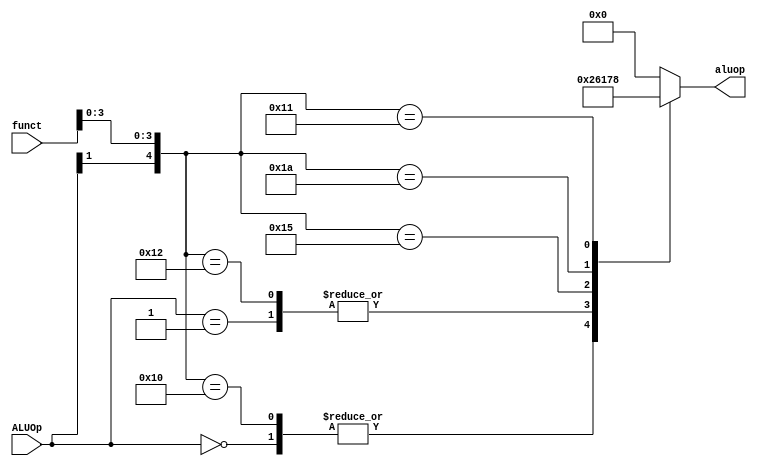
`timescale 1ns / 1ps
//////////////////////////////////////////////////////////////////////////////////
// Company: 
// Engineer: 
// 
// Design Name: 
// Module Name: ALU32op
// Project Name: 
// Target Devices: 
// Tool Versions: 
// Description: 
// 
// Dependencies: 
// 
// Revision:
// Revision 0.01 - File Created
// Additional Comments:
// 
//////////////////////////////////////////////////////////////////////////////////


module ALU32op(ALUOp, funct, aluop);
    input [1:0] ALUOp;
    input [5:0] funct;
    output [3:0] aluop;
    
    assign aluop = aluop2({ALUOp, funct});
    
    function [3:0] aluop2;
	input [7:0] sig;
	   begin
	       casex (sig)
	        8'b00xxxxxx : aluop2 = 4'b0010; 
			8'b01xxxxxx : aluop2 = 4'b0110; 
			8'b1xxx0000 : aluop2 = 4'b0010; 
			8'b1xxx0010 : aluop2 = 4'b0110; 
			8'b1xxx0100 : aluop2 = 4'b0000; 
			8'b1xxx0101 : aluop2 = 4'b0001; 
			8'b1xxx1010 : aluop2 = 4'b0111;
			8'b1xxx0001 : aluop2 = 4'b1000;//Z
			default : aluop2 = 4'b0000;
	       endcase
	   end
	endfunction
    
endmodule